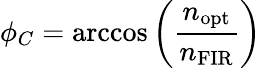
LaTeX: \phi_{C}=\operatorname{arccos}\left(\frac{n_{\mathrm{opt}}}{n_{\mathrm{FIR}}}\right)